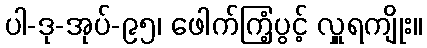
ပါ-ဒု-အုပ်-၉၅၊ ဖေါက်ကြံ့ပွင့် လှူရကျိုး။